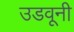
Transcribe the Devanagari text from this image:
उडवूनी